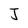
Character: I